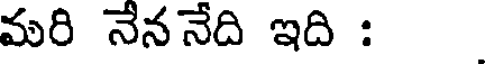
మరి నేననేది ఇది :